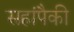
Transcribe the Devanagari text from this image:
सहांपैकी